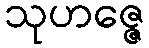
သုဟဇ္ဇေ